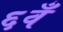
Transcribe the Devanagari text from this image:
६वँ